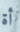
أة